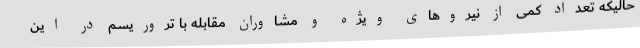
حالیکه تعداد کمی از نیروهای ویژه و مشاوران مقابله با تروریسم در این